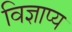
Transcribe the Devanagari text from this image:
विज्ञाप्य